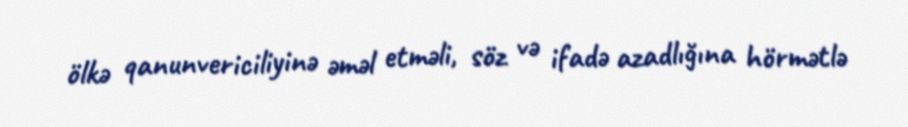
ölkə qanunvericiliyinə əməl etməli, söz və ifadə azadlığına hörmətlə